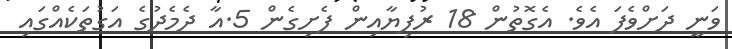
ވަނީ ދަށްވެފަ އެވެ. އެގޮތުން 18 ރުފިޔާއިން ފެށިގެން 5.އާ ދެމެދުގެ އަގުތަކެއްގައި